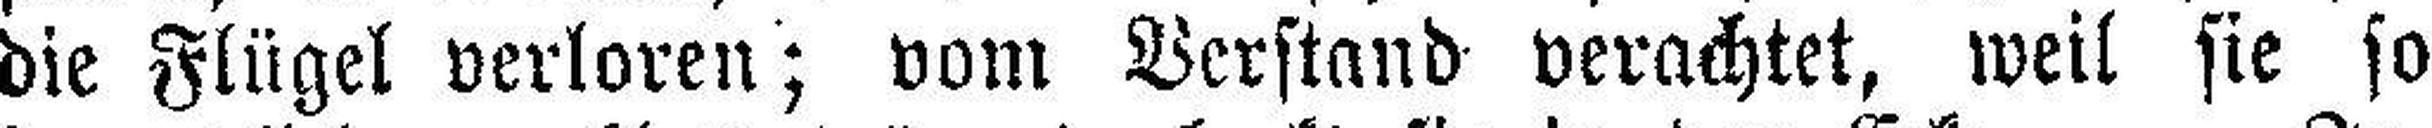
die Flügel verloren; vom Verstand verachtet, weil sie so